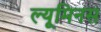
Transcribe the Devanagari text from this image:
ल्यूमिनस